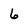
Character: 6